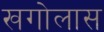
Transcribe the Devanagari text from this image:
खगोलास